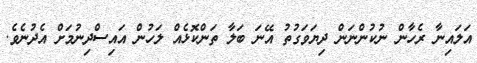
އަލައިނާ ރެހާން ނުކުންނަން ދިޔަވަގުތު އޭނަ ބަލާ ތަންކޮޅެއް ލަހުން އައިސްދިނުމަށް އެދުނެވެ.